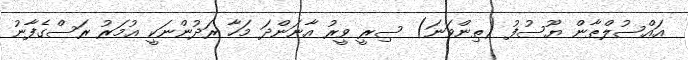
އައްސުލްޠާން ޔޫސުފު (ތިންވަނަ) ސިރީ ވީރު އާނަންދަ މަހާ ރަދުންނަކީ ޢުމަރު ރަސްގެފާނު